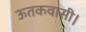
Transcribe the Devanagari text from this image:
ऊतकवासी।